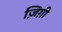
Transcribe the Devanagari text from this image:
ज़िग़ी